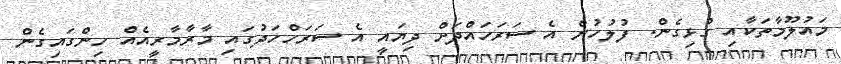
މައުލޫމާތަކާއި ގުޅިގެން. ފުލުހުން އެ ސަރަހައްދަށް ދިޔައީ އެ ސަރަހްހަދުގައި މާރާމާރީއެއް ހިންގައިގެން